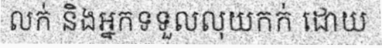
លក់ និងអ្នកទទួលលុយកក់ ដោយ